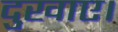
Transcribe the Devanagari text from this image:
दुखाए।